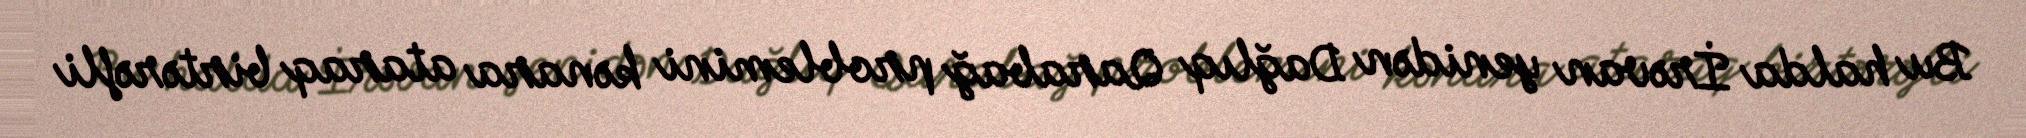
Bu halda İrəvan yenidən Dağlıq Qarabağ problemini kənara ataraq birtərəfli